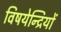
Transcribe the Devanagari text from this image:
विषयेन्द्रियों